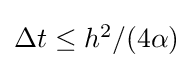
{\textstyle \Delta t\leq h^{2}/(4\alpha )}